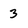
Character: 3